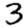
Digit: 3